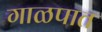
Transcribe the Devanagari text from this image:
गाळपात